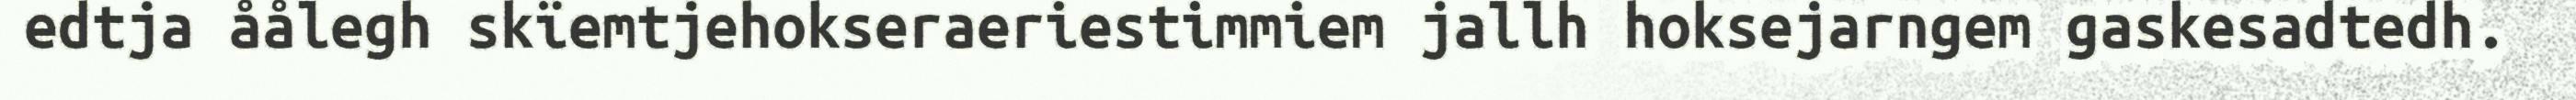
edtja åålegh skïemtjehokseraeriestimmiem jallh hoksejarngem gaskesadtedh.